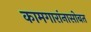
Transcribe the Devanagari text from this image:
कामगारांनासोबत